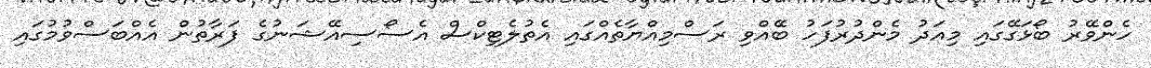
ހެންވޭރު ބޯޅަގޭގައި މިއަދު މެންދުރުފަހު ބޭއްވި ރަސްމިއްޔާތެއްގައި އެތުލެޓިކްސް އެސޯސިއޭޝަނުގެ ފަރާތުން އެއްބަސްވުމުގައި